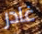
غادر